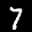
Label: 7